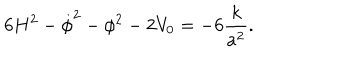
6 H ^ { 2 } - \dot { \phi } ^ { 2 } - \phi ^ { 2 } - 2 V _ { 0 } = - 6 { \frac { k } { a ^ { 2 } } } .